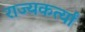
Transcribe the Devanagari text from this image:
राज्यकर्त्यां